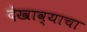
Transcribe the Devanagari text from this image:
देखाव्याचा